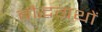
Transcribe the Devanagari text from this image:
बौद्धग्रथों